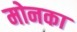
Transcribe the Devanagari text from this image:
मोनका